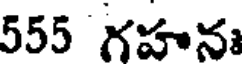
555 గహనః